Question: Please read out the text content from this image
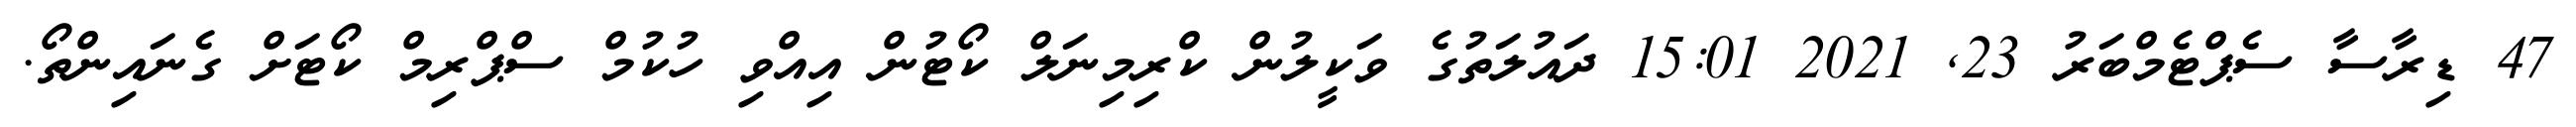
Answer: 47 ޑިރާސާ ސެޕްޓެމްބަރު 23, 2021 15:01 ދައުލަތުގެ ވަކީލުން ކްރިމިނަލް ކޯޓުން އިއްވި ހުކުމް ސްޕްރިމް ކޯޓަށް ގެނައިންތޯ.